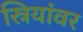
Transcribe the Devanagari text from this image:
स्रियांवर